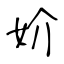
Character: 妎